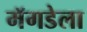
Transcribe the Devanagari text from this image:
मॅगडेला